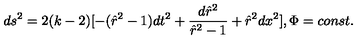
d s ^ { 2 } = 2 ( k - 2 ) [ - ( \hat { r } ^ { 2 } - 1 ) d t ^ { 2 } + \frac { d \hat { r } ^ { 2 } } { \hat { r } ^ { 2 } - 1 } + \hat { r } ^ { 2 } d x ^ { 2 } ] , \Phi = c o n s t .